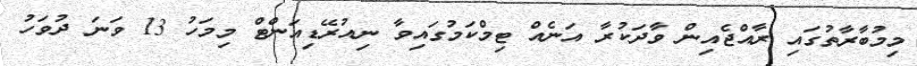
މިމުބާރާތުގައި ރާއްޖެއިން ވާދަކުރާ އަނެއް ޓިމްކަމުގައިވާ ނިއުރޭޑިއަންޓް މިމަހު 13 ވަނަ ދުވަހު